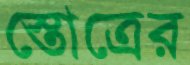
স্তোত্রের